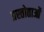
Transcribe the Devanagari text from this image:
प्रस्तोताओं